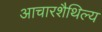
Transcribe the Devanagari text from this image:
आचारशैथिल्य